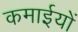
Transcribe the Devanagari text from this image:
कमाईयों